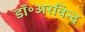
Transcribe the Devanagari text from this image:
डॉ॰अरविन्द